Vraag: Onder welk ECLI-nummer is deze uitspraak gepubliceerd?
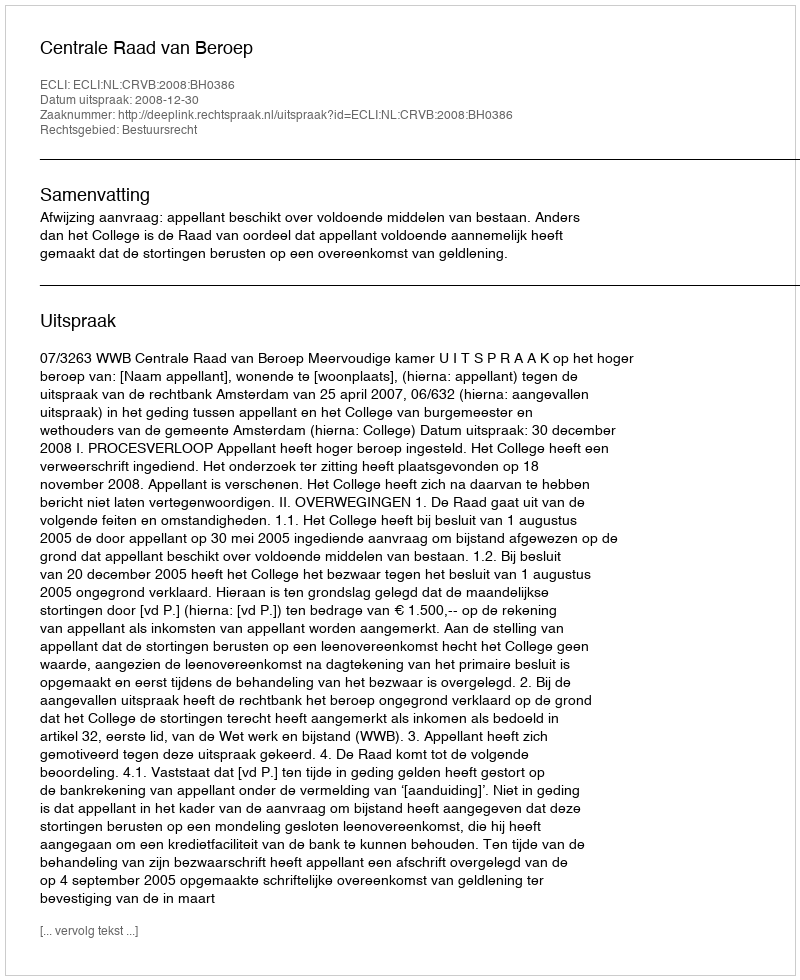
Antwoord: ECLI:NL:CRVB:2008:BH0386